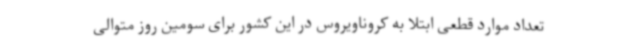
تعداد موارد قطعی ابتلا به کروناویروس در این کشور برای سومین روز متوالی